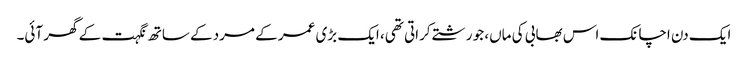
ایک دن اچانک اس بھابی کی ماں، جو رشتے کراتی تھی، ایک بڑی عمر کے مرد کے ساتھ نگہت کے گھر آئی۔